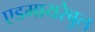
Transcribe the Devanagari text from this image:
एडमायरेबुल